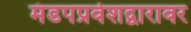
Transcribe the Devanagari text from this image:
मंडपप्रवेशद्वारावर